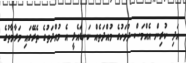
އަދި ކުރިން އެއްމަސް ދުވަހުގެ މުއްދަތެއް ކަނޑައެޅީ އެ މުއްދަތުގެ ތެރޭގައި މަރާމާތުގެ